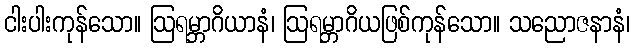
ငါးပါးကုန်သော။ ဩရမ္ဘာဂိယာနံ၊ ဩရမ္ဘာဂိယဖြစ်ကုန်သော။ သညောဇနာနံ၊